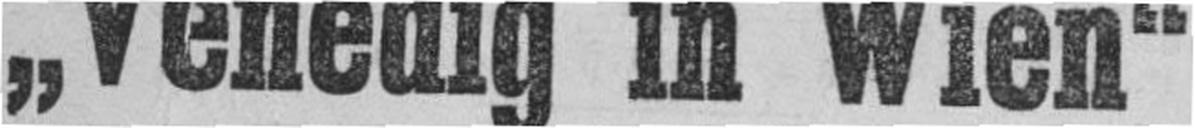
„Venedig in Wien“